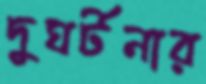
দুঘর্টনার